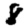
Digit: 8